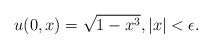
LaTeX: \begin{align*} u(0,x) = \sqrt{1-x^3}, | x| < \epsilon.\end{align*}